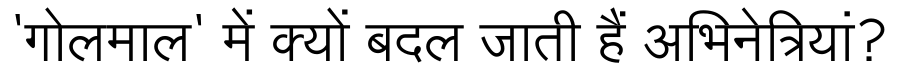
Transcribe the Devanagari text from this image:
'गोलमाल' में क्यों बदल जाती हैं अभिनेत्रियां?